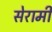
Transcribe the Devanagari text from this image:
सेरामी